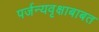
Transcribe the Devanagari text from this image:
पर्जन्यवृक्षाबाबत